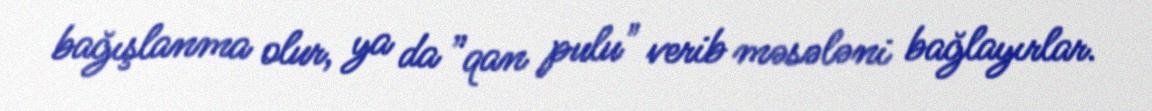
bağışlanma olur, ya da ”qan pulu" verib məsələni bağlayırlar.